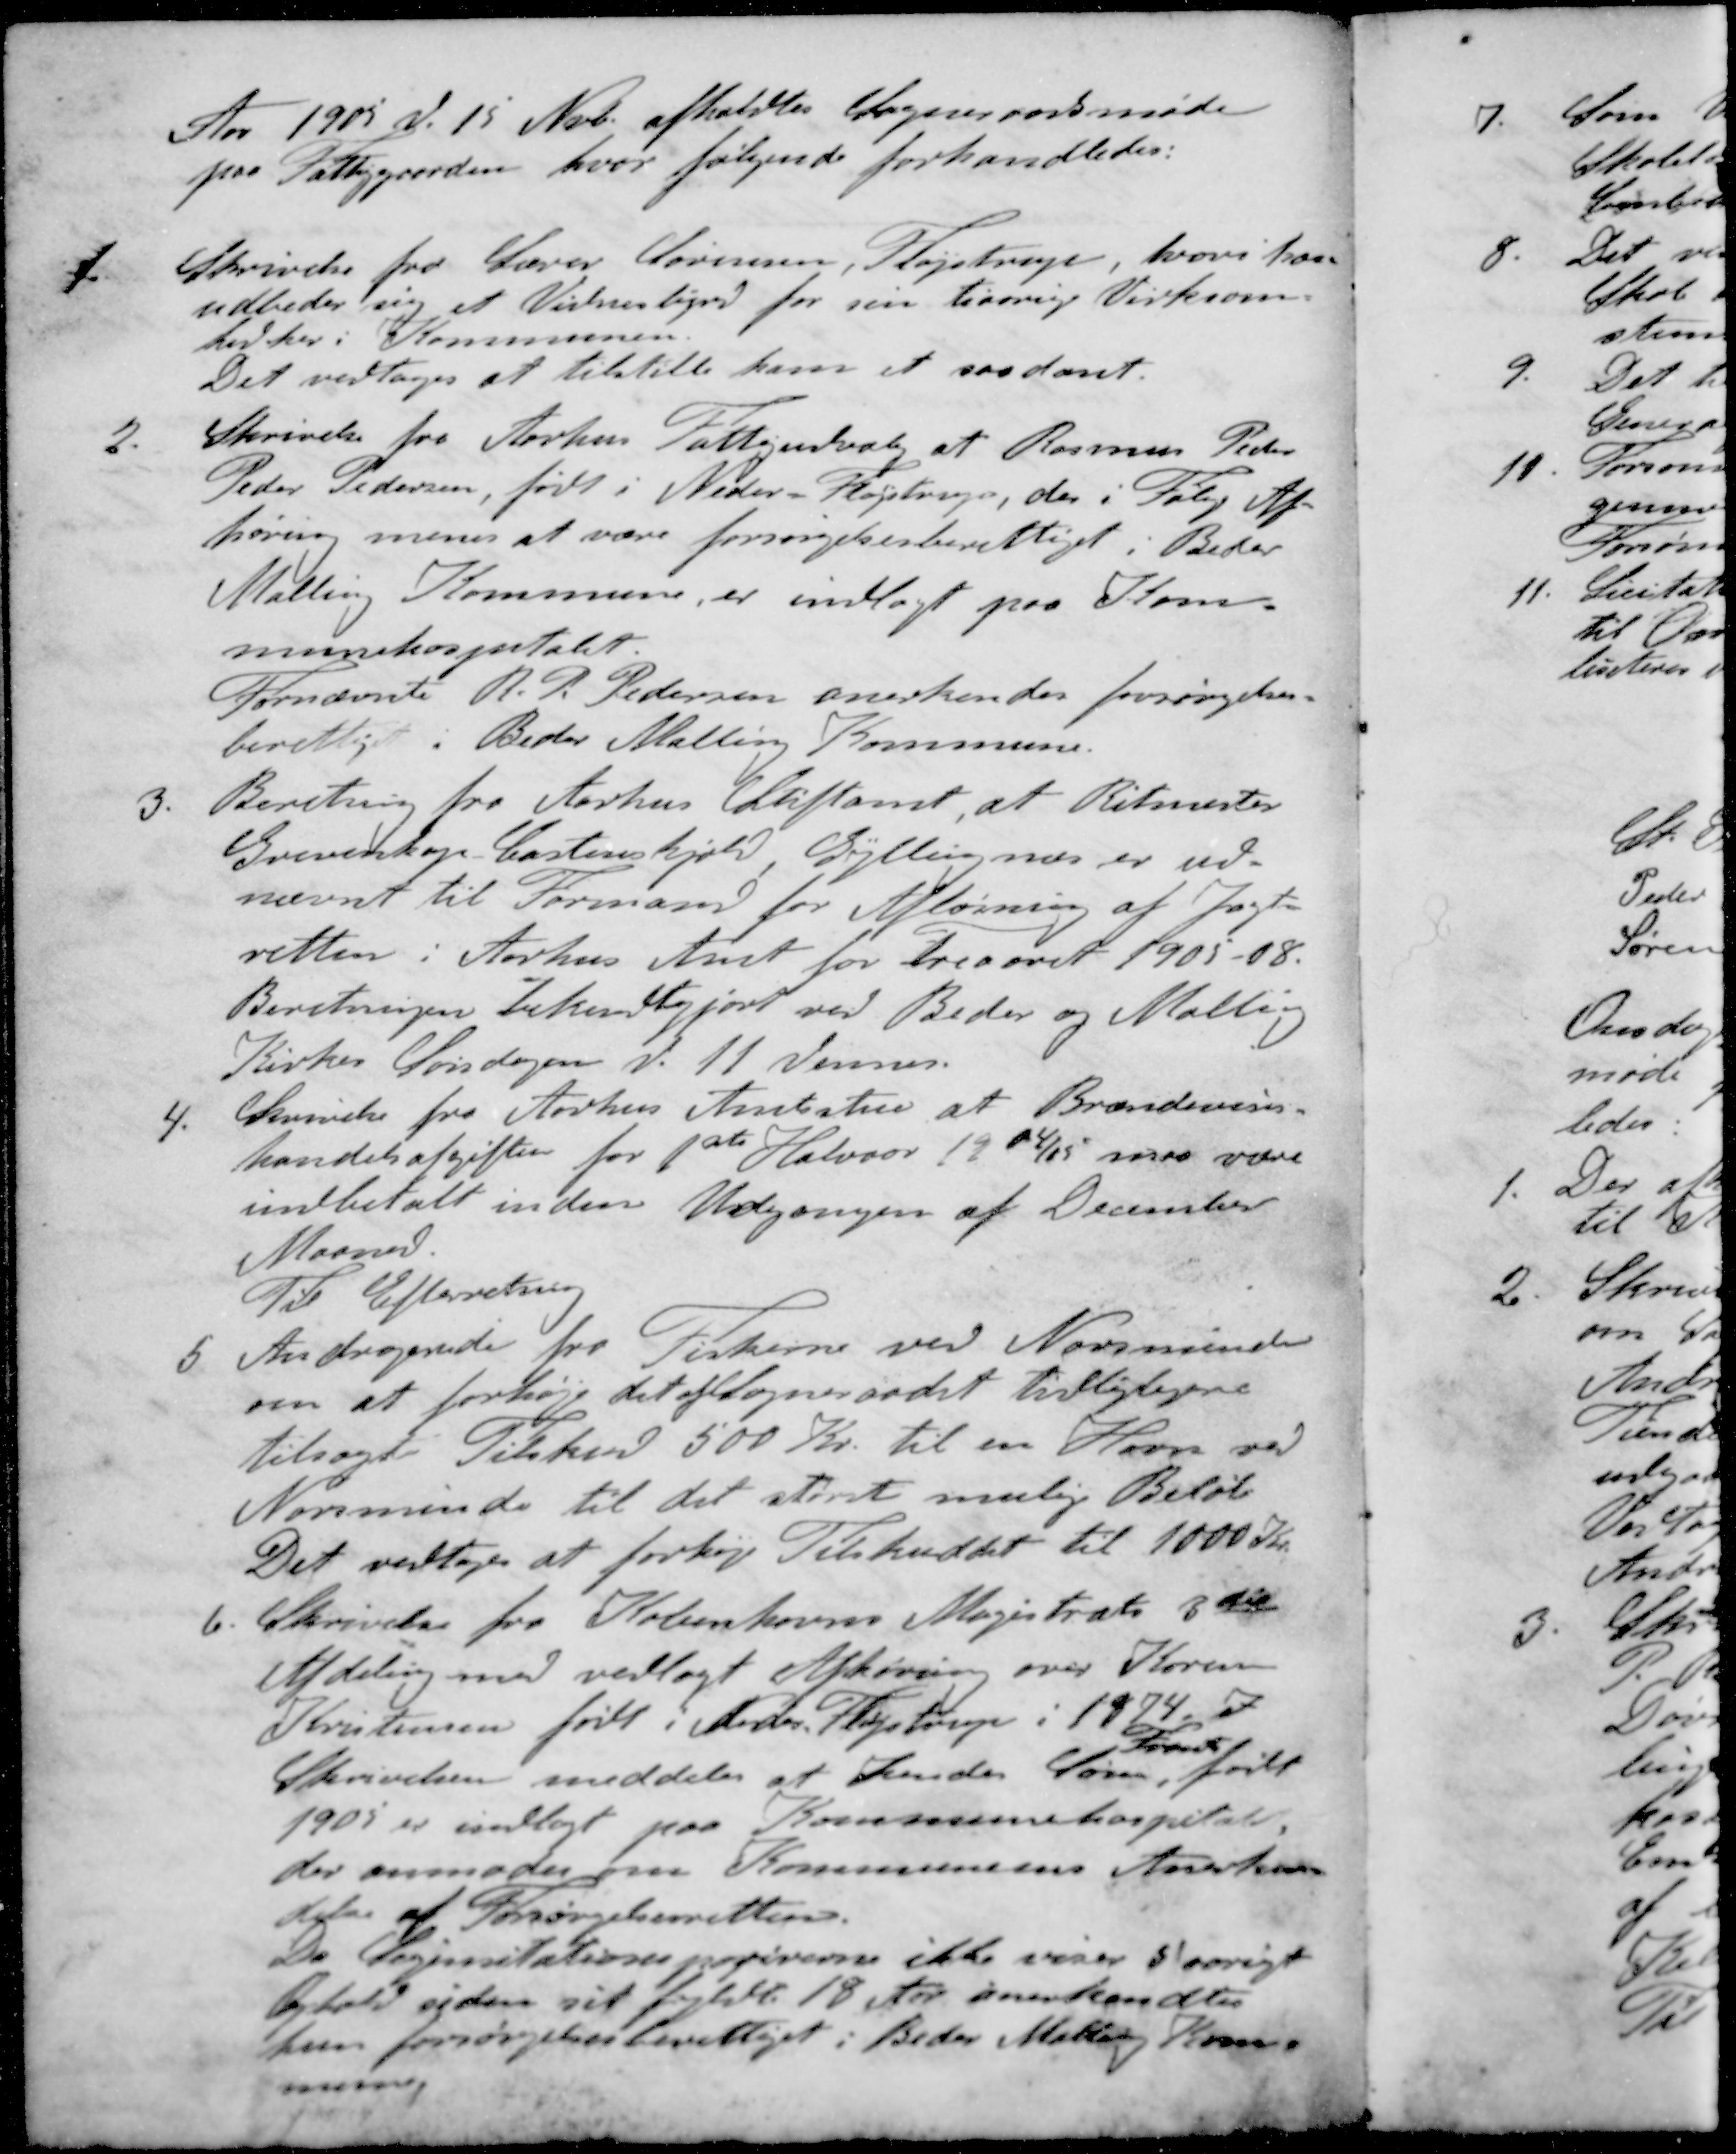
Transskription:
Aar 1905 d. 15. Novb afholdtes Sogneraadsmøde
paa Fattiggaarden, hvor følgende forhandledes:
1. Skrivelse fra Lærer Sørensen, Fløjstrup, hvori han
udbeder sig et Vidnesbyrd for sin tiaarige Virksom-
hed her i Kommunen.
Det vedtoges at tilstille ham et saadant.
2. Skrivelse fra Aarhus Fattigudvalg at Rasmus Peder
Peder Pedersen, født i Neder- Højstrup, der i Følge Af-
høring menes at være forsørgelsesberettiget i Beder
Malling Kommune, er indlagt paa Kom-
munehospitalet
Fornævnte R. P. Pedersen anerkendes forsørgelses-
berettiget i Beder Malling Kommune.
3. Beretning fra Aarhus Stiftamt, at Ritmester
Grevenkop Castenskjold Gyllingnæs er ud-
nævnt til Formand for Afløsning af Jagt-
retten i Aarhus Amt for Treaaret 1905-08.
Beretningen bekendtgjort ved Beder og Malling
Kirkes Søndagen d. 11. dennes.
4. Skrivelse fra Aarhus Amtstue at Brændevins-
handelsafgiften for 1ste Halvaar 1904/05 maa være
indbetalt inden Udgangen af December
Maaned
Til Efterretning
5. Andragende fra Fiskerne ved Norsminde
om at forhøje det af Sogneraadet tidligtigere
tilsagte Tilskud 500 Kr. til en Havn ved
Norsminde til det største mulige Beløb
Det vedtoges at forhøje Tilskuddet til 1000 Kr.
6. Skrivelse fra Københavns Magistrats 3de
Afdeling med vedlagt Afhøring over Karen
Kristensen født i Neder Fløjstrup i 1874. I
Frands
Skrivelsen meddeler at hende Søn, født
1905 er indlagt paa Kommunehospitalet
der anmoder om Kommunens Anerken-
delse af Forsørgelsesretten.
Da Legimitationspapirerne ikke viser Iøvrigt
Ophold siden sit fyldte 18 Aar anerkendtes
hun forsørgelsesberettiget i Beder Malling Kom-
mune